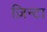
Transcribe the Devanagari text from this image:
ज़िन्टा